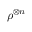
\rho ^ { \otimes n }